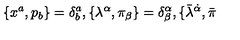
\{ x ^ { a } , p _ { b } \} = \delta _ { b } ^ { a } , \{ \lambda ^ { \alpha } , \pi _ { \beta } \} = \delta _ { \beta } ^ { \alpha } , \{ \bar { \lambda } ^ { \dot { \alpha } } , \bar { \pi }